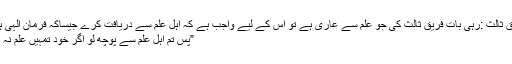
فریق ثالث :رہی بات فریق ثالث کی جو علم سے عاری ہے تو اس کے لیے واجب ہے کہ اہل علم سے دریافت کرے جیساکہ فرمان الہی ہے:
”پس تم اہل علم سے پوچھ لو اگر خود تمہیں علم نہ ہو“۔